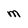
Character: m